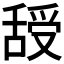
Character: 𦧦